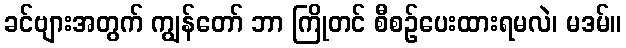
ခင်ဗျားအတွက် ကျွန်တော် ဘာ ကြိုတင် စီစဉ်ပေးထားရမလဲ၊ မဒမ်။